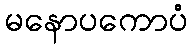
မနောပကောပံ